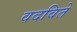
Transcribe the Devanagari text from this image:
वदविते